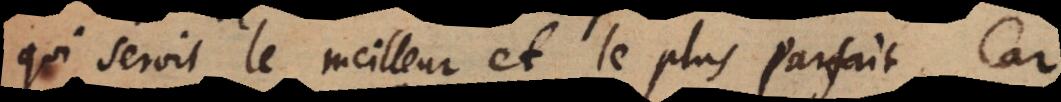
qui seroit le meilleur et le plus parfait. Car